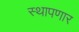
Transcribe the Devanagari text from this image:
स्थापणार